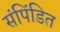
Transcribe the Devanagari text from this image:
संपिंडित